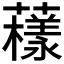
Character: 𧁒